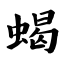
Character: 蝎